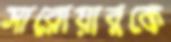
সারোয়ারকে